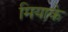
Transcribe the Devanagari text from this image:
मियाके